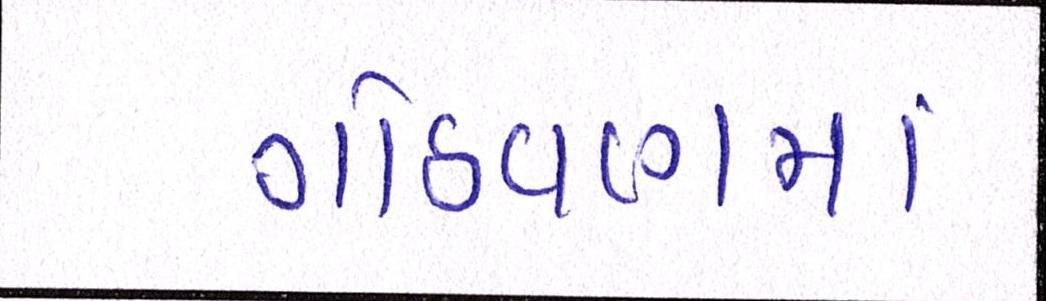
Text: ગોઠવણમાં